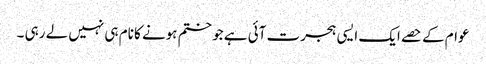
عوام کے حصے ایک ایسی ہجرت آئی ہے جو ختم ہونے کا نام ہی نہیں لے رہی ۔